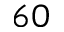
6 0